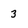
Character: 3